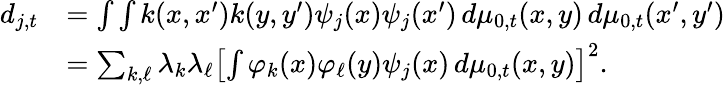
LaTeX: \begin{array}{rl}{d_{j,t}}&{=\int\int k(x,x^{\prime})k(y,y^{\prime})\psi_{j}(x)\psi_{j}(x^{\prime})\, d\mu_{0,t}(x,y)\, d\mu_{0,t}(x^{\prime},y^{\prime})}\\ &{=\sum_{k,\ell}\lambda_{k}\lambda_{\ell}\left[\int\varphi_{k}(x)\varphi_{\ell}(y)\psi_{j}(x)\, d\mu_{0,t}(x,y)\right]^{2}.}\end{array}